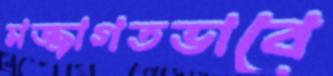
মজ্জাগতভাবে